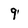
Character: 9